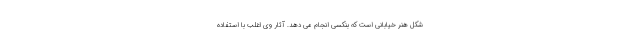
شکل هنر خیابانی است که بنکسی انجام می دهد. آثار وی اغلب با استفاده